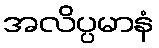
အလိပ္ပမာနံ